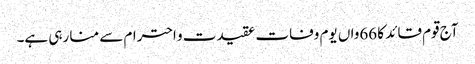
آج قوم قائد کا 66واں یوم وفات عقیدت و احترام سے منا رہی ہے۔